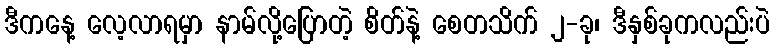
ဒီကနေ့ လေ့လာရမှာ နာမ်လို့ပြောတဲ့ စိတ်နဲ့ စေတသိက် ၂-ခု၊ ဒီနှစ်ခုကလည်းပဲ